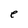
Character: e